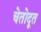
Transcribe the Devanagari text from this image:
चेतोदूत